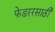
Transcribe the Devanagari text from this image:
फेडररसाठी